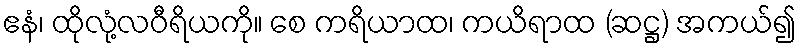
ဧနံ၊ ထိုလုံ့လဝီရိယကို။ စေ ကရိယာထ၊ ကယိရာထ (ဆဋ္ဌ) အကယ်၍